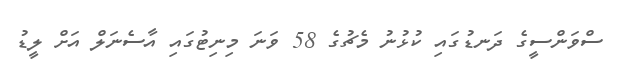
ސްވަންސީގެ ދަނޑުގައި ކުޅުނު މެޗުގެ 58 ވަނަ މިނިޓުގައި އާސެނަލް އަށް ލީޑު